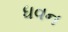
ધવન